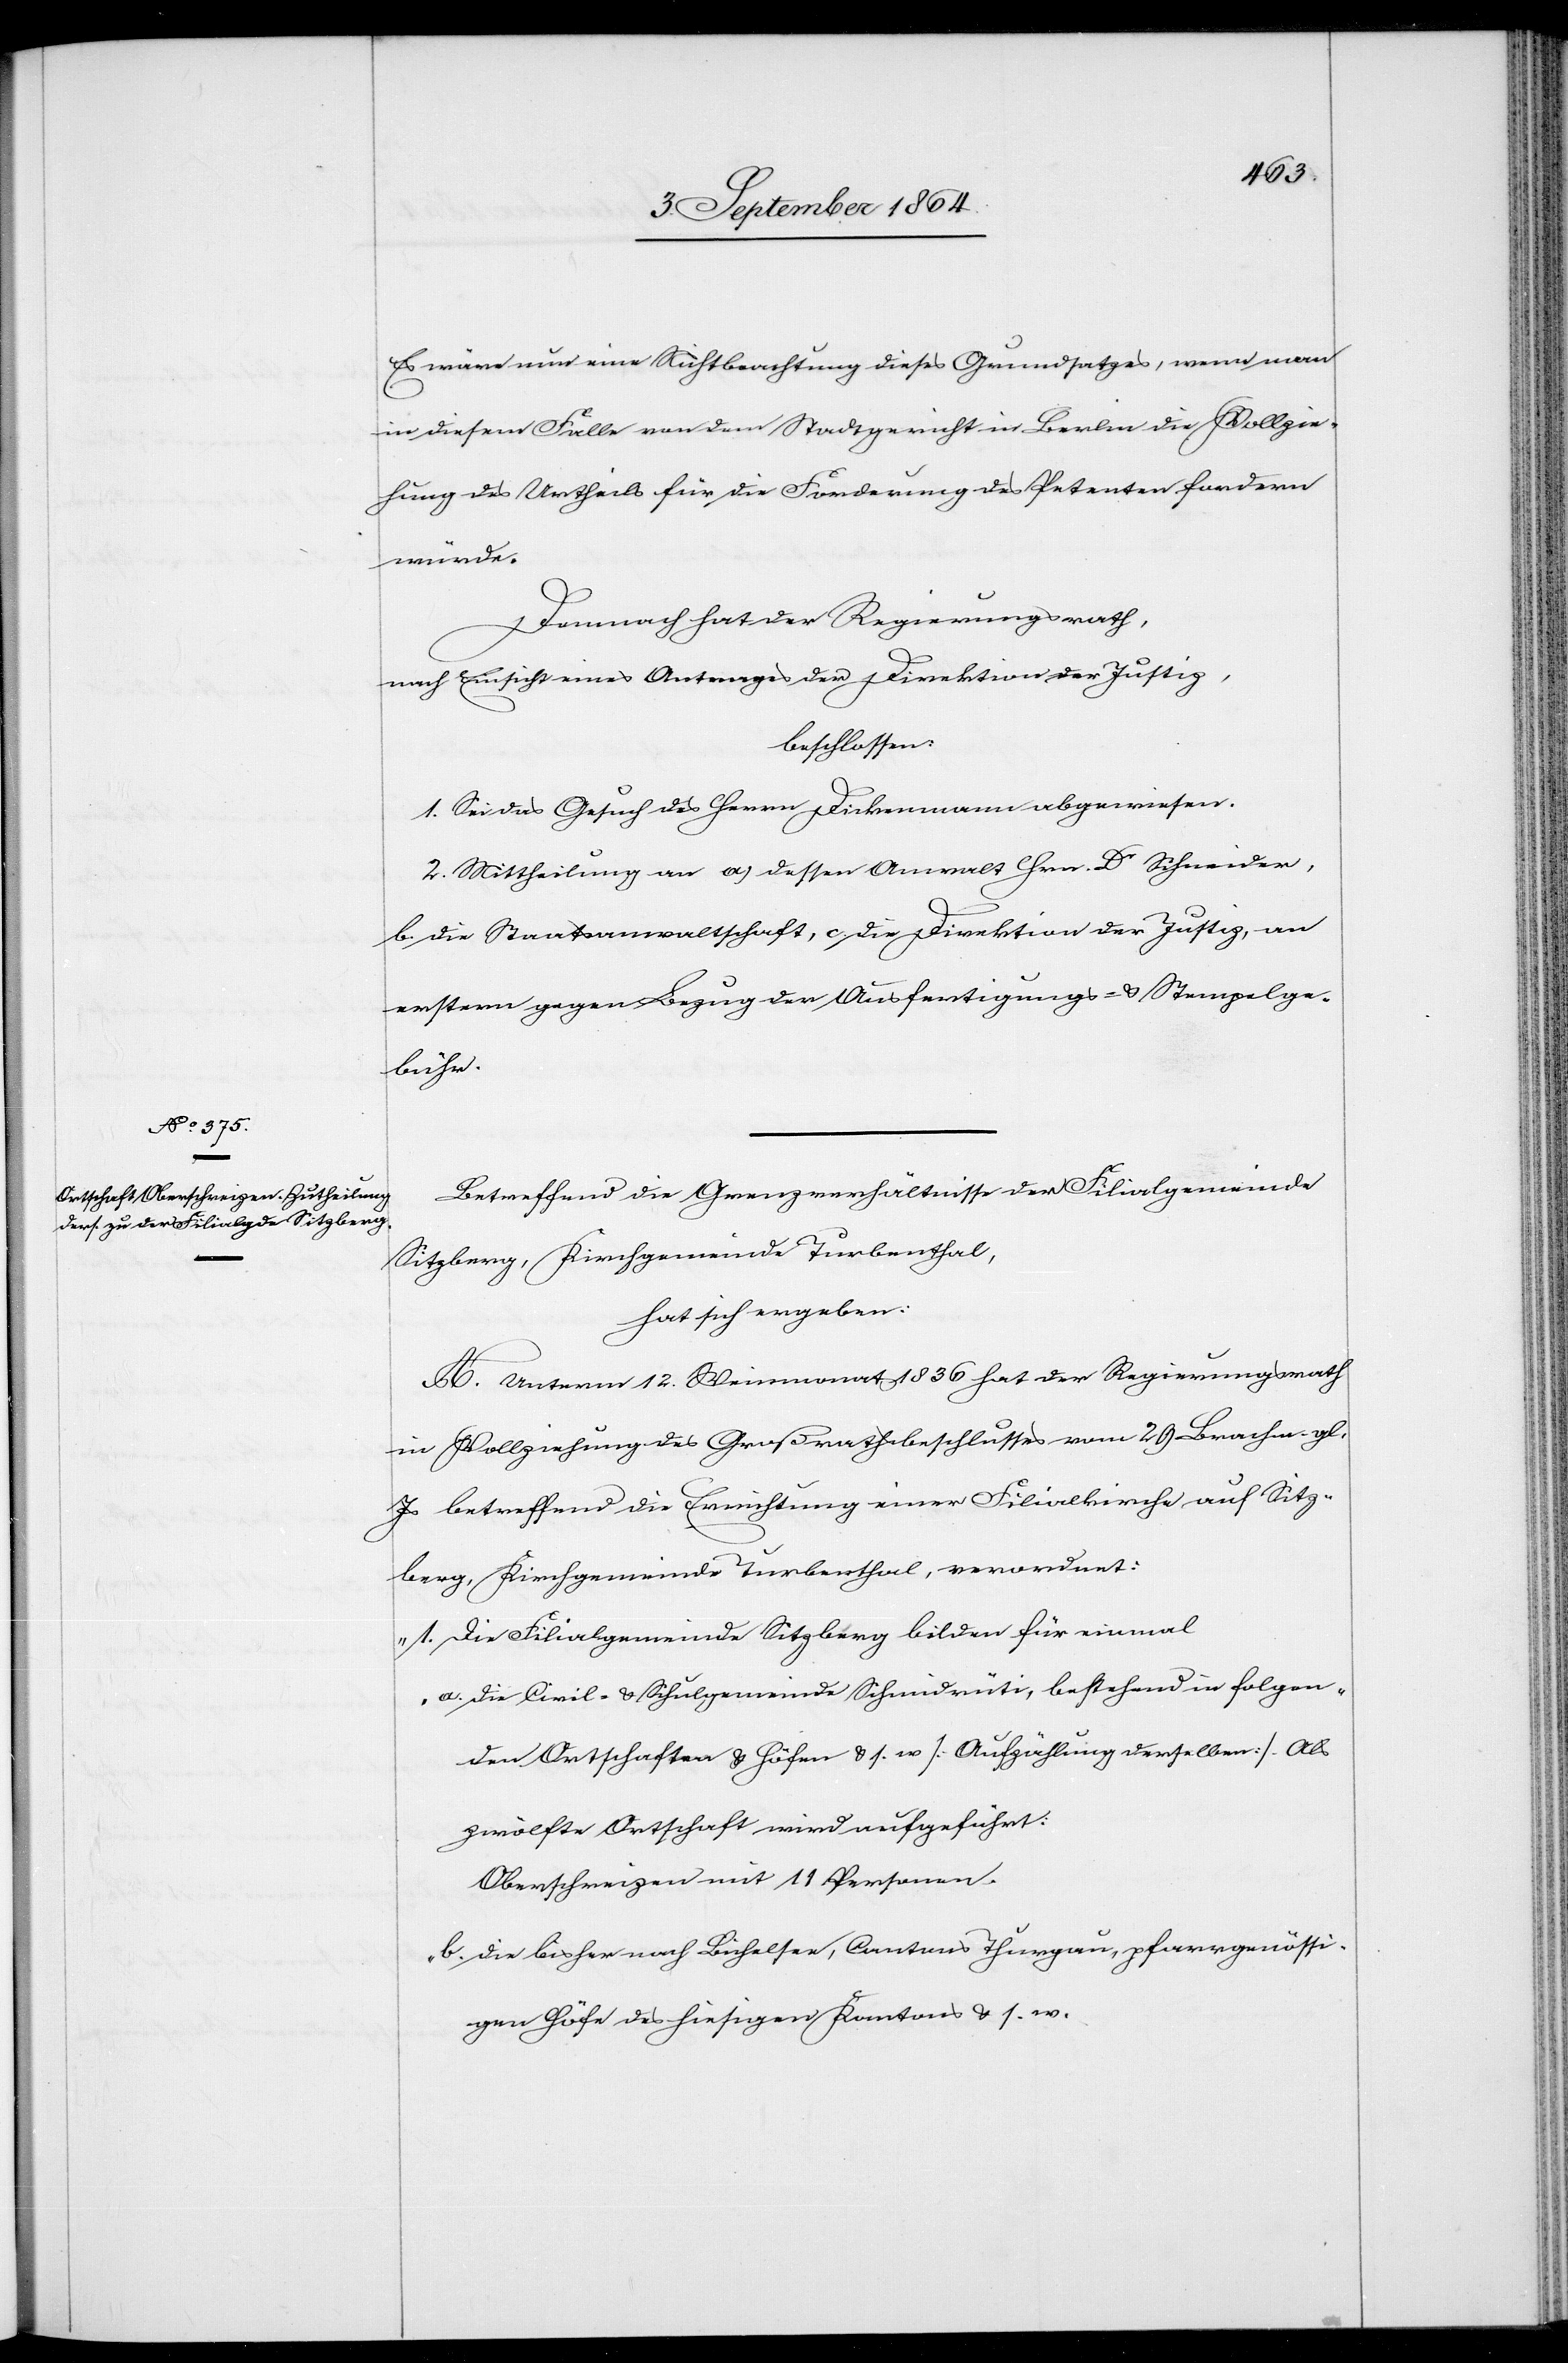
Es wäre nun eine Nichtbeachtung dieses Grundsatzes, wenn man
in diesem Falle von dem Stadtgericht in Berlin die Vollzie¬
hung des Urtheils für die Forderung des Petenten fordern
würde.
Demnach hat der Regierungsrath,
nach Einsicht eines Antrages der Direktion der Justiz,
beschlossen:
1. Sei das Gesuch des Herrn Dickenmann abgewiesen.
2. Mittheilung an a. dessen Anwalt Hrn. Dr Schneider,
b. die Staatsanwaltschaft, c. die Direktion der Justiz, an
erstern gegen Bezug der Ausfertigungs- & Stempelge¬
bühr.
Betreffend die Grenzverhältnisse der Filialgemeinde
Sitzberg, Kirchgemeinde Turbenthal,
hat sich ergeben:
A. Unterm 12. Weinmonat 1836 hat der Regierungsrath
in Vollziehung des Großrathsbeschlusses vom 29. Brachm. gl.
Js betreffend die Errichtung einer Filialkirche auf Sitz¬
berg, Kirchgemeinde Turbenthal, verordnet:
„1)	Die Filialgemeinde Sitzberg bilden für einmal
a) die Civil- & Schulgemeinde Schmidrüti, bestehend in folgen¬
den Ortschaften & Höfen & s. w [Aufzählung derselben]. Als
zwölfte Ortschaft wird aufgeführt:
Oberschreizen mit 11 Personen.
b) die bisher nach Bichelsee, Cantons Thurgau, pfarrgenössi¬
gen Höfe des hiesigen Kantons & s. w.